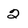
Character: 2